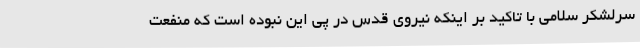
سرلشکر سلامی با تاکید بر اینکه نیروی قدس در پی این نبوده است که منفعت